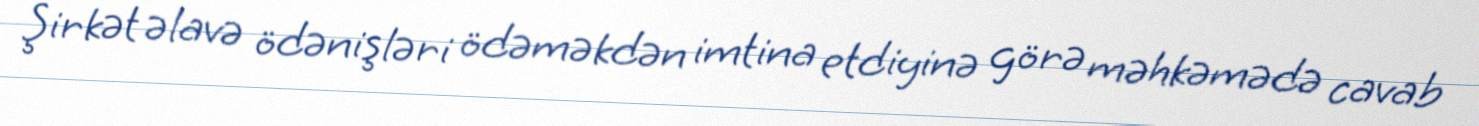
Şirkət əlavə ödənişləri ödəməkdən imtina etdiyinə görə məhkəmədə cavab